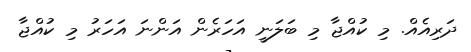
ދަރިއެއް. މި ކުއްޖާ މި ބަލަނީ އަހަރެން އަންނަ އަހަރު މި ކުއްޖާ